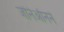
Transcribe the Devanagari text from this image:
जेनिऑनने